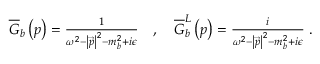
\begin{array} { r } { \overline { { G } } _ { b } \left( p \right) = \frac { 1 } { \omega ^ { 2 } - \left\vert \overrightarrow { p } \right\vert ^ { 2 } - m _ { b } ^ { 2 } + i \epsilon } \quad , \quad \overline { { G } } _ { b } ^ { L } \left( p \right) = \frac { i } { \omega ^ { 2 } - \left\vert \overrightarrow { p } \right\vert ^ { 2 } - m _ { b } ^ { 2 } + i \epsilon } \; . } \end{array}